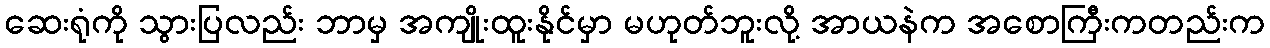
ဆေးရုံကို သွားပြလည်း ဘာမှ အကျိုးထူးနိုင်မှာ မဟုတ်ဘူးလို့ အာယနဲက အစောကြီးကတည်းက